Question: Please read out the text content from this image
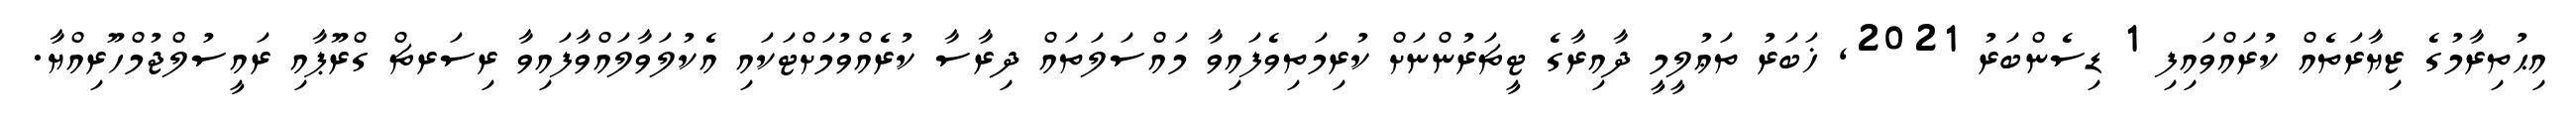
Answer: އިޙުތިރާމުގެ ޒިޔާރަތެއް ކުރައްވައިފި 1 ޑިސެންބަރު 2021, ޚަބަރު ތަޢުލީމީ ދާއިރާގެ ޓީޗަރުންނަށް ކުރިމަތިވެފައިވާ މައްސަލަތައް ދިރާސާ ކުރެއްވުމަށްޓަކައި އެކުލަވާލައްވާފައިވާ ރިސަރޗް ގްރޫޕާއި ރައީސުލްޖުމްހޫރިއްޔާ.